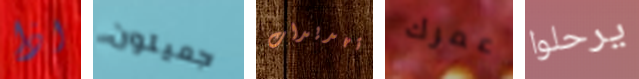
اذا جميلون تهديدات عمرك يرحلوا